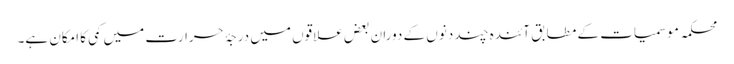
محکمہ موسمیات کے مطابق آئندہ چند دنوں کے دوران بعض علاقوں میں درجۂ حرارت میں کمی کا امکان ہے۔